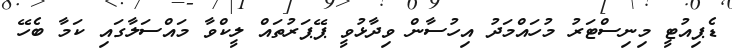
ޑެޕިއުޓީ މިނިސްޓަރު މުހައްމަދު އިހުސާން ވިދާޅުވީ ޕޭޕަރުތައް ލީކްވާ މައްސަލާގައި ކަމާ ބެހޭ